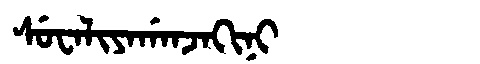
Manchu: ᠰᡠᠸᠠᠯᡳᠶᠠᡤᠠᠨᠵᠠᡴᡳᠨᡳ
Romanization: SUWALIYAGANJAKINI